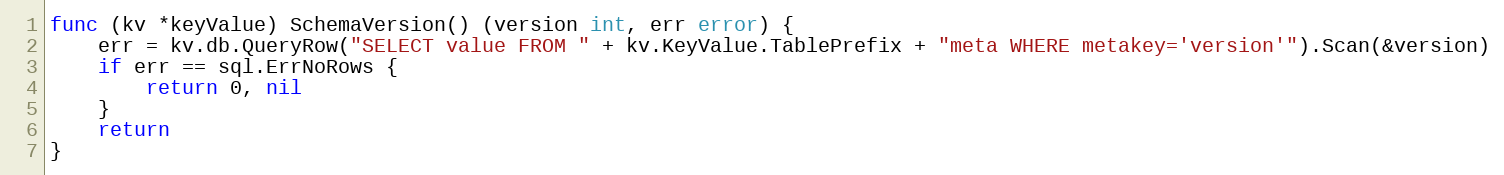
Language: Go
func (kv *keyValue) SchemaVersion() (version int, err error) {
	err = kv.db.QueryRow("SELECT value FROM " + kv.KeyValue.TablePrefix + "meta WHERE metakey='version'").Scan(&version)
	if err == sql.ErrNoRows {
		return 0, nil
	}
	return
}